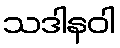
သဒါနဝါ